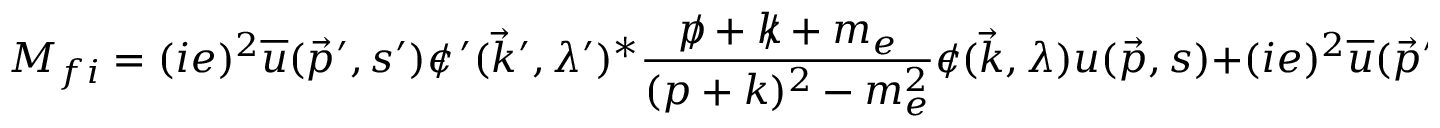
M _ { f i } = ( i e ) ^ { 2 } { \overline { { u } } } ( { \vec { p } } ^ { \prime } , s ^ { \prime } ) \epsilon \! \! \! / \, ^ { \prime } ( { \vec { k } } ^ { \prime } , \lambda ^ { \prime } ) ^ { * } { \frac { p \! \! \! / + k \! \! \! / + m _ { e } } { ( p + k ) ^ { 2 } - m _ { e } ^ { 2 } } } \epsilon \! \! \! / ( { \vec { k } } , \lambda ) u ( { \vec { p } } , s ) + ( i e ) ^ { 2 } { \overline { { u } } } ( { \vec { p } } ^ { \prime } , s ^ { \prime } ) \epsilon \! \! \! / ( { \vec { k } } , \lambda ) { \frac { p \! \! \! / - k \! \! \! / ^ { \prime } + m _ { e } } { ( p - k ^ { \prime } ) ^ { 2 } - m _ { e } ^ { 2 } } } \epsilon \! \! \! / \, ^ { \prime } ( { \vec { k } } ^ { \prime } , \lambda ^ { \prime } ) ^ { * } u ( { \vec { p } } , s ) ,